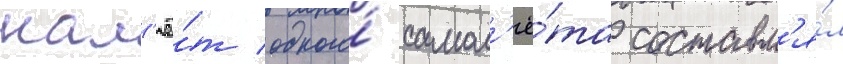
нал'ё́т одного́ самол'ё́та составл'я́л